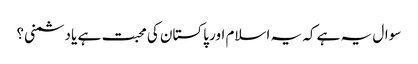
سوال یہ ہے کہ یہ اسلام اور پاکستان کی محبت ہے یا دشمنی؟